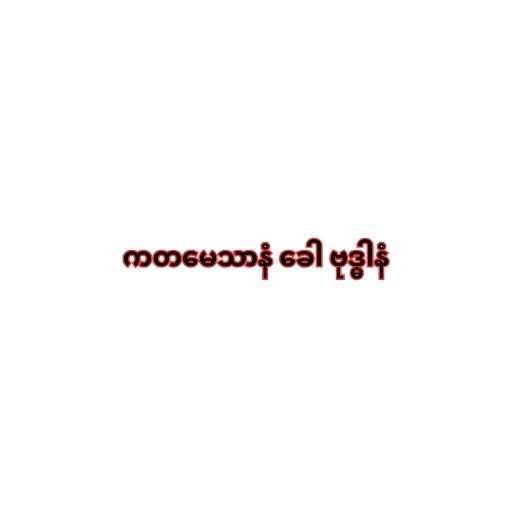
ကတမေသာနံ ခေါ ဗုဒ္ဓါနံ